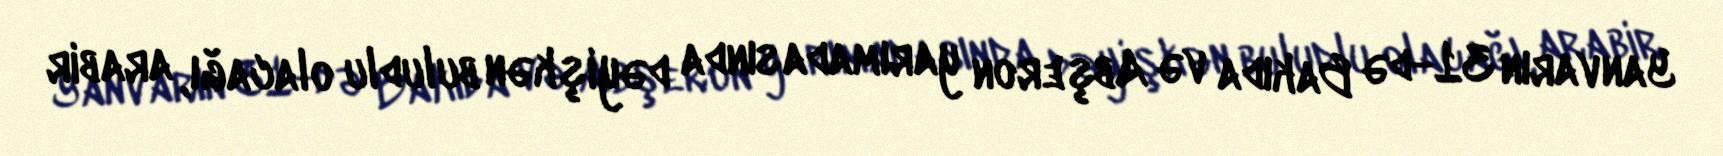
Yanvarın 31-də Bakıda və Abşeron yarımadasında dəyişkən buludlu olacağı, arabir